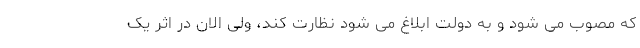
که مصوب می شود و به دولت ابلاغ می شود نظارت کند، ولی الان در اثر یک